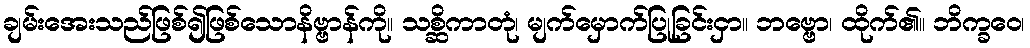
ချမ်းအေးသည်ဖြစ်၍ဖြစ်သောနိဗ္ဗာန်ကို။ သစ္ဆိကာတုံ၊ မျက်မှောက်ပြုခြင်းငှာ။ ဘဗ္ဗော၊ ထိုက်၏။ ဘိက္ခဝေ၊